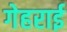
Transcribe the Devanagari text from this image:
गेहराई